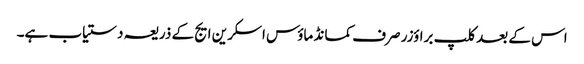
اس کے بعد کلپ براؤزر صرف کمانڈ ماؤس اسکرین ایج کے ذریعہ دستیاب ہے۔